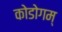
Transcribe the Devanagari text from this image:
कोडोगम्